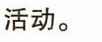
活动。